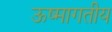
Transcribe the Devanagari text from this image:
ऊष्मागतीय